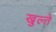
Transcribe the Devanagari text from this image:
खुल्ते